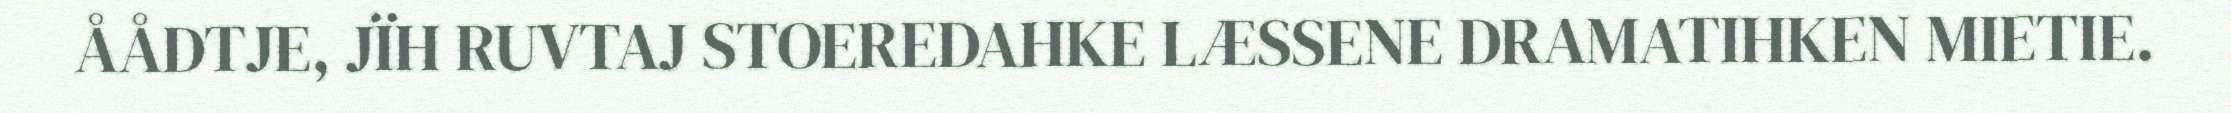
ÅÅDTJE, JÏH RUVTAJ STOEREDAHKE LÆSSENE DRAMATIHKEN MIETIE.